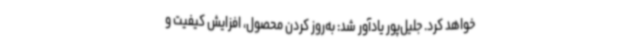
خواهد کرد. جلیل‌پور یادآور شد: به‌روز کردن محصول، افزایش کیفیت و